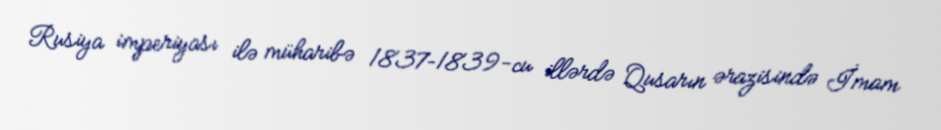
Rusiya imperiyası ilə müharibə 1837–1839-cu illərdə Qusarın ərazisində İmam